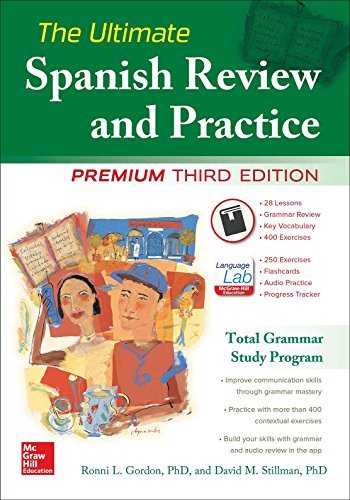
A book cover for The Ultimate Spanish Review and Practice, 3rd Ed.; Ronni Gordon; Reference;